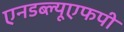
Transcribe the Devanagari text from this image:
एनडब्ल्यूएफपी